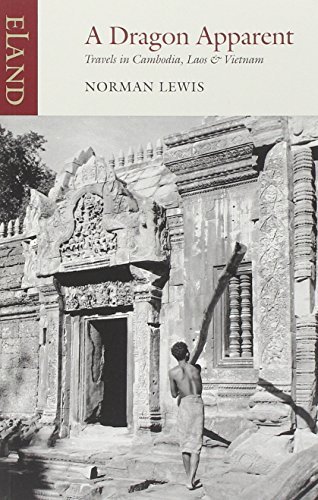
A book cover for By Norman Lewis A Dragon Apparent: Travels in Cambodia, Laos, and Vietnam; Travel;